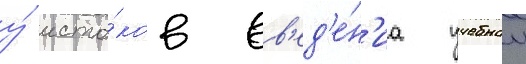
у́ исто́ков вв'ед'е́н'иа учебнои